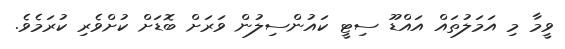
ވީމާ މި އަމަލުތައް އައްޑޫ ސިޓީ ކައުންސިލުން ވަރަށް ބޮޑަށް ކުށްވެރި ކުރަމެވެ.